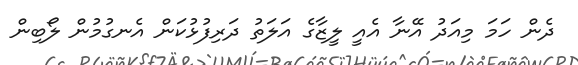
ދެން ހަމަ މިއަދު އޭނާ އެއީ ލީޒާގެ އަލަތު ދަރިފުޅުކަން އެނގުމުން ލޯބިން